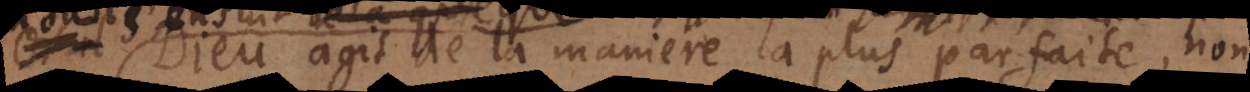
agit de la maniere la plus parfaite, non